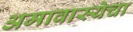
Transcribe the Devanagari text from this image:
अमावास्येचा